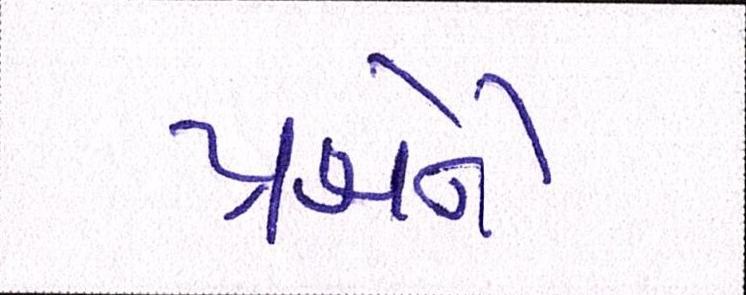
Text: પ્રશ્નોને